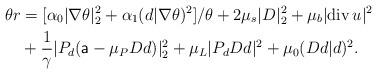
LaTeX: \begin{align*}\theta r &=[\alpha_0|\nabla\theta|_2^2+ \alpha_1(d|\nabla \theta)^2]/\theta + 2\mu_s|D|_2^2 + \mu_b|{\rm div}\, u|^2 \\&+\frac{1}{\gamma}|P_d({\sf a}-\mu_PDd)|_2^2+\mu_L |P_d Dd|^2 +\mu_0 (Dd|d)^2.\end{align*}